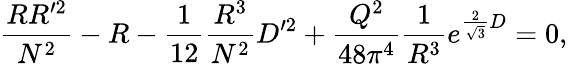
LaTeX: {\frac{RR^{\prime 2}}{N^{2}}}-R-{\frac{1}{12}}{\frac{R^{3}}{N^{2}}}D^{\prime 2}+{\frac{Q^{2}}{48\pi^{4}}}{\frac{1}{R^{3}}}e^{{\frac{2}{\sqrt 3}}D}=0,